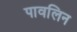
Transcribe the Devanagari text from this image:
पावलिन